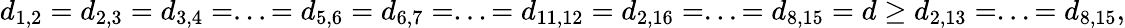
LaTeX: d_{1,2}=d_{2,3}=d_{3,4}=...=d_{5,6}=d_{6,7}=...=d_{11,12}=d_{2,16}=...=d_{8,15}=d\geq d_{2,13}=...=d_{8,15},